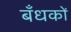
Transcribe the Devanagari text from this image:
बँधकों